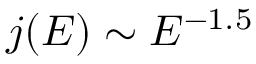
j ( E ) \sim E ^ { - 1 . 5 }